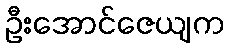
ဦးအောင်ဇေယျက